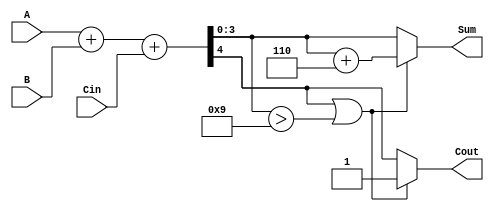
module BCD_Hybrid_Adder (
    input  wire [3:0] A,      // First BCD digit
    input  wire [3:0] B,      // Second BCD digit
    input  wire Cin,          // Carry input
    output reg  [3:0] Sum,    // BCD sum output
    output reg  Cout          // Carry output
);

    wire [4:0] S;            // 5-bit sum for binary addition
    wire correction_needed;   // Signal to indicate if correction is needed

    // Binary addition of A, B and Cin
    assign S = A + B + Cin;

    // Determine if correction is needed
    assign correction_needed = S[4] || (S[3:0] > 4'd9);

    always @(*) begin
        if (correction_needed) begin
            // If correction is needed, add 6 (0110 in binary)
            Sum = S[3:0] + 4'd6;
            Cout = 1'b1; // Set carry out
        end else begin
            Sum = S[3:0];
            Cout = S[4]; // Carry out from binary addition
        end
    end

endmodule